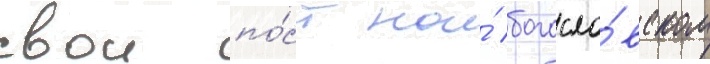
свои по́ст на́ богосло́вском